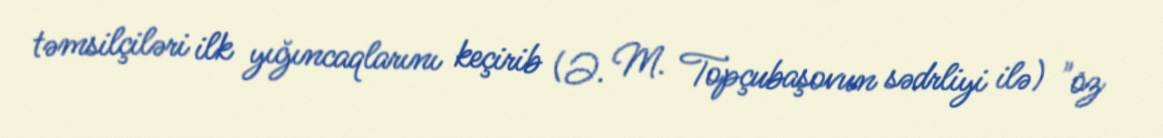
təmsilçiləri ilk yığıncaqlarını keçirib (Ə. M. Topçubaşovun sədrliyi ilə) "öz